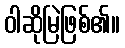
ဝါဆိုမြဲဖြစ်၏။